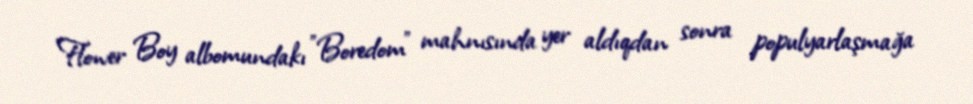
Flower Boy albomundakı "Boredom" mahnısında yer aldıqdan sonra populyarlaşmağa